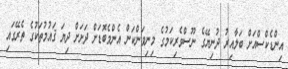
އިންޑެކްސްއަށް ބަލާއިރު ދުނިޔޭގެ ނޫސްވެރިކަމުގެ މިނިވަންކަން އެންމެބޮޑަށް ދަށަށް ދިޔަ ޤައުމުތަކުގެ ތެރޭގައި